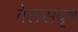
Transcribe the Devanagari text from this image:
वेलसदृष